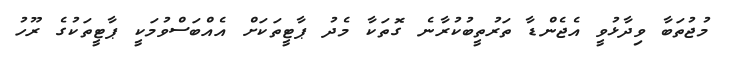
މުޖުތަބާ ވިދާޅުވީ އެޖެންޑާ ތަރުތީބުކުރާނެ ގޮތަކާ މެދު ޕާޓީތަކަށް އެއްބަސްވުމަކީ ޕާޓީތަކުގެ ރޫހު